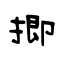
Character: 揤